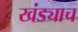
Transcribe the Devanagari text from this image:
खंड्याच